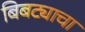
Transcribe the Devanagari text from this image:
बिबट्याचा